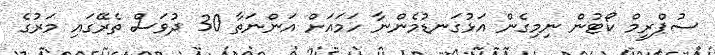
ސުޕްރީމް ކޯޓުން ނިމިގެން އަޅުގަނޑުމެންނާ ހަމައަށް އަންނަތާ 30 ދުވަސް ތެރޭގައި މަރުގެ